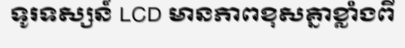
ទូរទស្សន៍ LCD មានភាពខុសគ្នាខ្លាំងពី